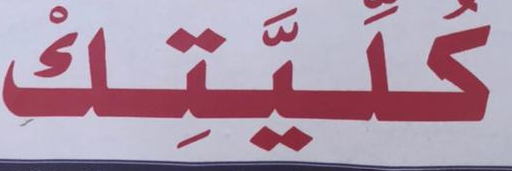
كليتك